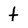
Character: t